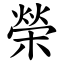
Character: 榮